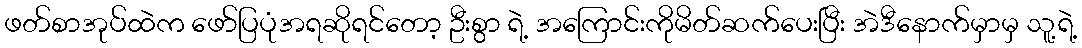
ဖတ်စာအုပ်ထဲက ဖော်ပြပုံအရဆိုရင်တော့ ဦးစွာ ရဲ့ အကြောင်းကိုမိတ်ဆက်ပေးပြီး အဲဒီနောက်မှာမှ သူ့ရဲ့